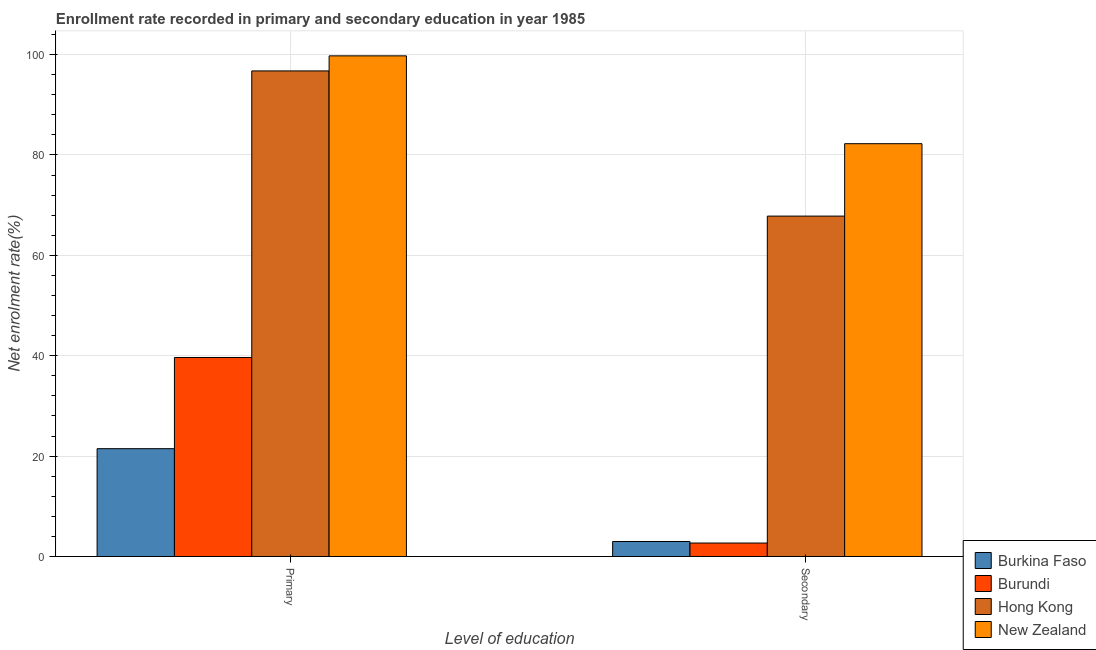
| Level of education | Burkina Faso | Burundi | Hong Kong | New Zealand |
 | --- | --- | --- | --- | --- |
 | Primary | 21.5 | 39.7 | 96.7 | 99.7 |
 | Secondary | 2.99 | 2.69 | 67.8 | 82.2 |